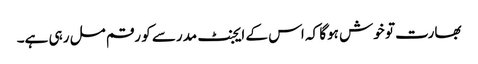
بھارت تو خوش ہوگا کہ اس کے ایجنٹ مدرسے کو رقم مل رہی ہے۔